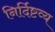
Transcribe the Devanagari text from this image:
निर्दिष्टव्य